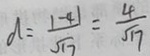
d = \frac { \vert - 4 \vert } { \sqrt { 1 7 } } = \frac { 4 } { \sqrt { 1 7 } }